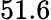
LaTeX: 51.6